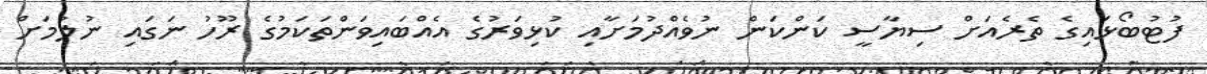
ފުޓުބޯޅައިގެ ތެރެއަށް ސިޔާސީ ކަންކަން ނުވެއްދުމަށާއި ކުޅިވަރުގެ އެއްބައިވަންތަކަމުގެ ރޫހު ނަގައި ނުލުމަށް